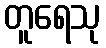
တူရေသု